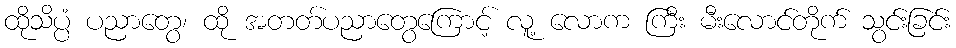
ထိုသိပ္ပံ ပညာတွေ၊ ထို အတတ်ပညာတွေကြောင့် လူ့ လောက ကြီး မီးလောင်တိုက် သွင်းခြင်း